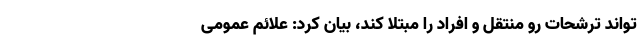
‌تواند ترشحات رو منتقل و افراد را مبتلا کند، بیان کرد: علائم عمومی